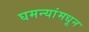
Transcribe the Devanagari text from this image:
घमन्यांमधून